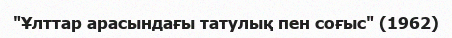
"Ұлттар арасындағы татулық пен соғыс" (1962)